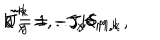
LaTeX: \tilde { J } _ { x } ^ { k } = - J _ { x } \delta _ { M , k } \, , \hspace { 8 m m } \tilde { J } _ { y } ^ { k } = - J _ { y } \delta _ { M , k } \hspace { 1 c m } k = 1 , . . , K